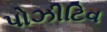
પોઝીટિવ